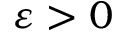
\varepsilon > 0